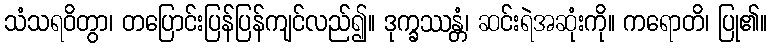
သံသရဝိတွာ၊ တပြောင်းပြန်ပြန်ကျင်လည်၍။ ဒုက္ခဿန္တံ၊ ဆင်းရဲအဆုံးကို။ ကရောတိ၊ ပြု၏။